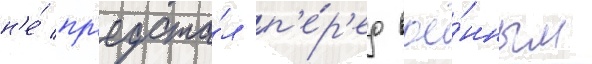
н'е́ пр'едста́л п'е́р'ед вое́нным